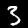
Label: 3